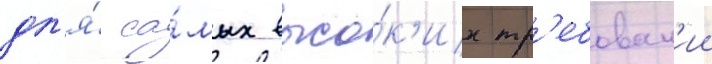
дл'я́ са́мых высо́к'их тр'ебован'ии